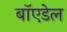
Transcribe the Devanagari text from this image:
बॉएडेल